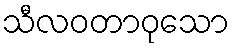
သီလဝတာဝုသော